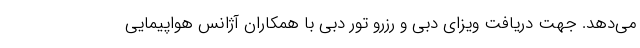
می‌دهد. جهت دریافت ویزای دبی و رزرو تور دبی با همکاران آژانس هواپیمایی